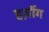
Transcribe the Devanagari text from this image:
हर्ज़ोग